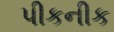
પીકનીક